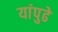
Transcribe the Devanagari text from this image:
यांपुढे